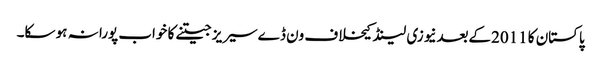
پاکستان کا 2011کےبعدنیوزی لینڈ کیخلاف ون ڈےسیریز جیتنے کا خواب پورا نہ ہو سکا۔